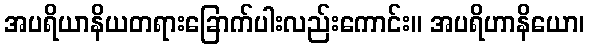
အပရိယာနိယတရားခြောက်ပါးလည်းကောင်း။ အပရိဟာနိယော၊